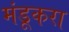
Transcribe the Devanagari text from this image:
मंडूकरा